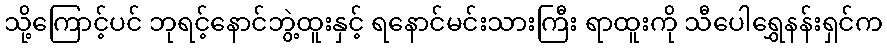
သို့ကြောင့်ပင် ဘုရင့်နောင်ဘွဲ့ထူးနှင့် ရနောင်မင်းသားကြီး ရာထူးကို သီပေါရွှေနန်းရှင်က